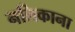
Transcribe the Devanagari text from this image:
नलिकाना